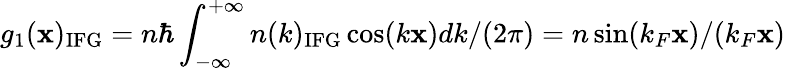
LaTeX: g_{1}(\mathbf{x})_{\mathrm{{IFG}}}=n\hbar\int_{-\infty}^{+\infty}n(k)_{\mathrm{{IFG}}}\cos(k\mathbf{x})dk/(2\pi)=n\sin(k_{F}\mathbf{x})/(k_{F}\mathbf{x})